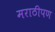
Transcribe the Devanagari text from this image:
मराठीपण